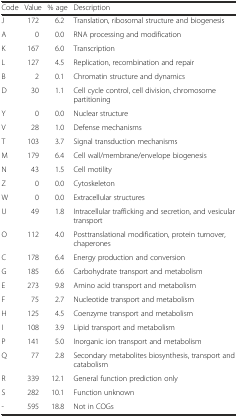
<table><thead><tr><td><b>Code</b></td><td><b>Value</b></td><td><b>% age</b></td><td><b>Description</b></td></tr></thead><tbody><tr><td>J</td><td>172</td><td>6.2</td><td>Translation, ribosomal structure and biogenesis</td></tr><tr><td>A</td><td>0</td><td>0.0</td><td>RNA processing and modification</td></tr><tr><td>K</td><td>167</td><td>6.0</td><td>Transcription</td></tr><tr><td>L</td><td>127</td><td>4.5</td><td>Replication, recombination and repair</td></tr><tr><td>B</td><td>2</td><td>0.1</td><td>Chromatin structure and dynamics</td></tr><tr><td>D</td><td>30</td><td>1.1</td><td>Cell cycle control, cell division, chromosome partitioning</td></tr><tr><td>Y</td><td>0</td><td>0.0</td><td>Nuclear structure</td></tr><tr><td>V</td><td>28</td><td>1.0</td><td>Defense mechanisms</td></tr><tr><td>T</td><td>103</td><td>3.7</td><td>Signal transduction mechanisms</td></tr><tr><td>M</td><td>179</td><td>6.4</td><td>Cell wall/membrane/envelope biogenesis</td></tr><tr><td>N</td><td>43</td><td>1.5</td><td>Cell motility</td></tr><tr><td>Z</td><td>0</td><td>0.0</td><td>Cytoskeleton</td></tr><tr><td>W</td><td>0</td><td>0.0</td><td>Extracellular structures</td></tr><tr><td>U</td><td>49</td><td>1.8</td><td>Intracellular trafficking and secretion, and vesicular transport</td></tr><tr><td>O</td><td>112</td><td>4.0</td><td>Posttranslational modification, protein turnover, chaperones</td></tr><tr><td>C</td><td>178</td><td>6.4</td><td>Energy production and conversion</td></tr><tr><td>G</td><td>185</td><td>6.6</td><td>Carbohydrate transport and metabolism</td></tr><tr><td>E</td><td>273</td><td>9.8</td><td>Amino acid transport and metabolism</td></tr><tr><td>F</td><td>75</td><td>2.7</td><td>Nucleotide transport and metabolism</td></tr><tr><td>H</td><td>125</td><td>4.5</td><td>Coenzyme transport and metabolism</td></tr><tr><td>I</td><td>108</td><td>3.9</td><td>Lipid transport and metabolism</td></tr><tr><td>P</td><td>141</td><td>5.0</td><td>Inorganic ion transport and metabolism</td></tr><tr><td>Q</td><td>77</td><td>2.8</td><td>Secondary metabolites biosynthesis, transport and catabolism</td></tr><tr><td>R</td><td>339</td><td>12.1</td><td>General function prediction only</td></tr><tr><td>S</td><td>282</td><td>10.1</td><td>Function unknown</td></tr><tr><td>-</td><td>595</td><td>18.8</td><td>Not in COGs</td></tr></tbody></table>